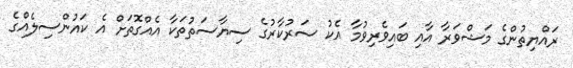
ރައްޔިތުންގެ މަޝްވަރާ އާއި ބައިވެރިވުމާ އެކު ސަރުކާރުގެ ސިޔާސަތުތަކާ އެއްގޮތަށް އެ ކައުންސިލެއްގެ